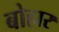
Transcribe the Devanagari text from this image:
बोहार